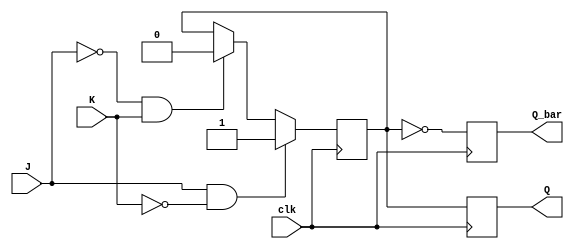
module jk_ff (
    input J, K, clk,
    output reg Q, Q_bar
);

reg master_Q, slave_Q;

// Master block
always @(posedge clk) begin
    if (J & ~K) begin
        master_Q <= 1'b1;
    end else if (~J & K) begin
        master_Q <= 1'b0;
    end;
end

// Slave block
always @(posedge clk) begin
    slave_Q <= master_Q;
end

// JK flip-flop
always @(posedge clk) begin
    Q <= master_Q;
    Q_bar <= ~master_Q;
end

endmodule